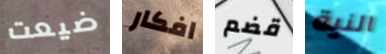
ضيعت افكار قضم النية